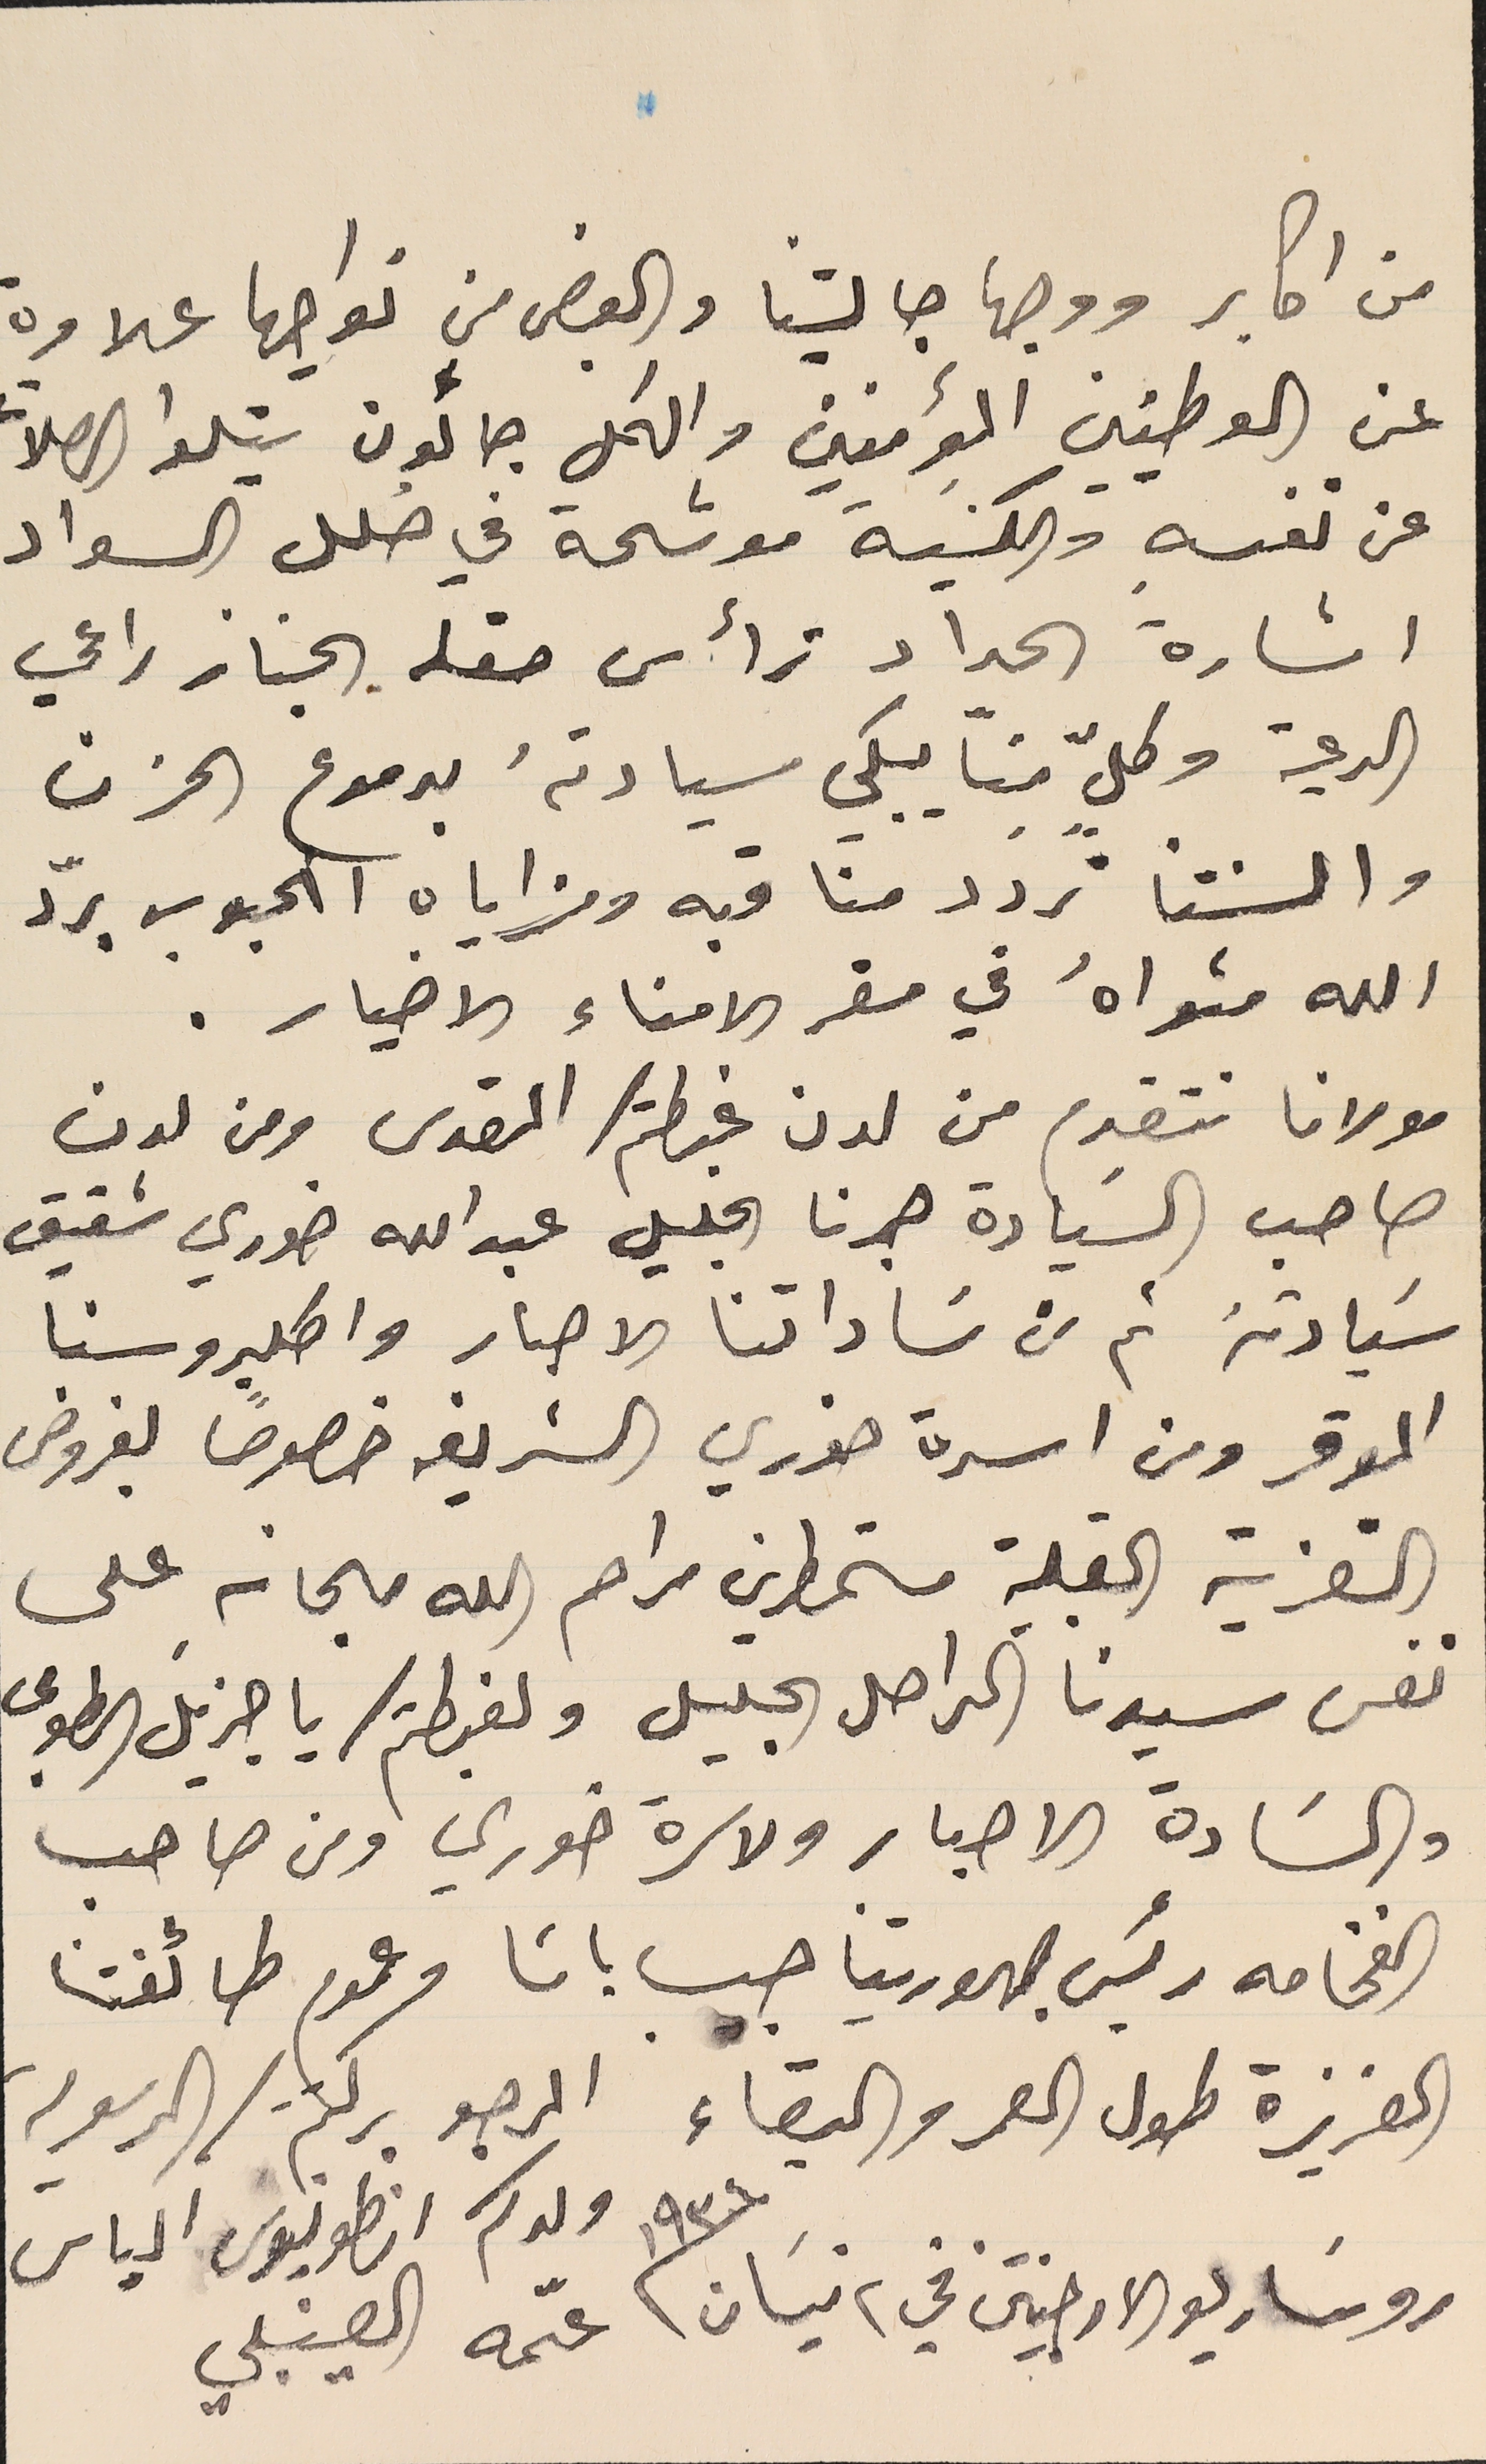
من اكابر ووجها جاليتنا والبعض من نواحيها علاوة
عن الوطنيين المؤمنين والكل جائون يتلوا الصلات
 عن نفسهِ والكنيسَة موشحة في حُلل السواد
اشارة الحداد ترأس حفله الجناز راعي
 الرعية وكلّ منا ييكي سيادتهُ بدموع الحزن
 والسنتنا تردد منا قبه ومزاياه الحبوب برّد
الله مثواهُ في مقر الامناء الاخيار.
 مولانا نتقدم من لدن غبطتكم المقدس ومن لدن
صاحب السَيادة حبرنا الجليل عبد الله خوري شقيق
 سَيادتهُ ثم من سَاداتنا الاحبار واكليروسنا
الموقر ومن اسرة خوري الشريفه خصوصًا بفروض
التعزية القبلية مستمطرين مراحم الله مجانه على
نفس سيدنا الراحل الجليل ولغبطتكم يا جزيل الطوبى
 والسَادة الاحبار ولاسرة خوري ومن صاحب
 الفخامه رئيس جهوريتنا حبيب باشا وعموم طائفتنا
العزيزة طول العمر والبقاء المرجو بركتم/ الرسوليه
ولدكم انطونيوس الياس
عىّمه العينبلي
روسَاريو الارجنتين في ٢ نيسان /١٩٣٤